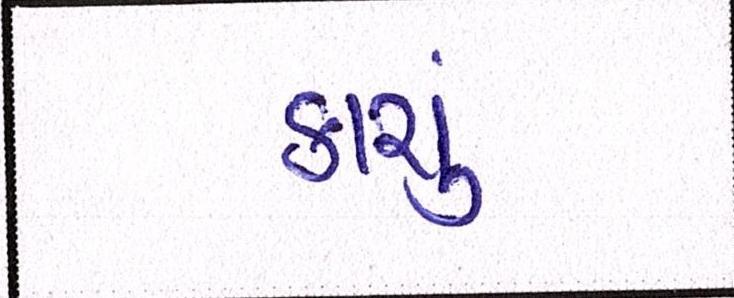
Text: કાચું